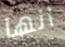
انها